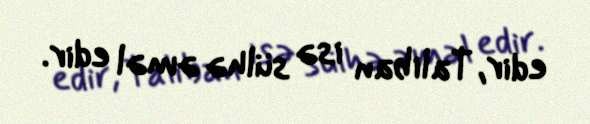
edir, Taliban isə sülhə əməl edir.